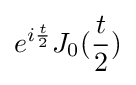
e^{i{\frac {t}{2}}}J_{0}({\frac {t}{2}})